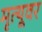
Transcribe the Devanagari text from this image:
मृत्‍यूवर